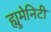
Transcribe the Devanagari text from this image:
ह्युमेनिटी